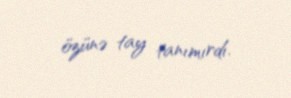
özünə tay tanımırdı.